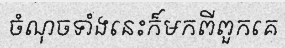
ចំណុចទាំងនេះក៏មកពីពួកគេ